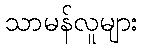
သာမန်လူများ